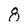
Character: 8